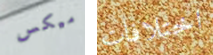
ميكس اختلافات